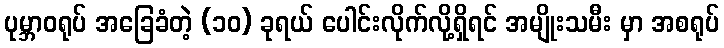
ပုမ္ဘာဝရုပ် အခြေခံတဲ့ (၁၀) ခုရယ် ပေါင်းလိုက်လို့ရှိရင် အမျိုးသမီး မှာ အစရုပ်